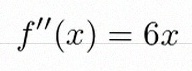
f''(x)=6x